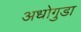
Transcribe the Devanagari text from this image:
अधोगुडा